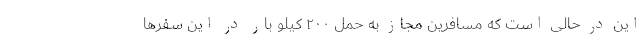
این در حالی است که مسافرین مجاز به حمل ۲۰۰ کیلو بار در این سفرها